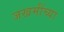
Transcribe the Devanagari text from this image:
जखमींच्या